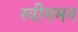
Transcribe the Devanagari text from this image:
स्त्रीगमन